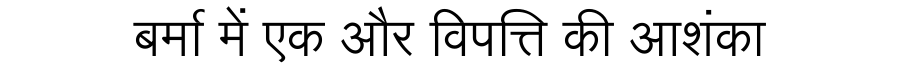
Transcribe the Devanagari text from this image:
बर्मा में एक और विपत्ति की आशंका